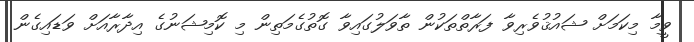
ވީމާ މިކަމަށް ޝައުޤުވެރިވާ ފަރާތްތަކުން ތާވަލުގައިވާ ގޮތުގެމަތިން މި ކޮމިޝަނުގެ އިދާރާއަށް ވަޑައިގެން